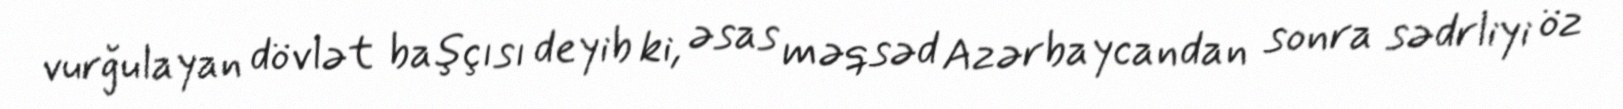
vurğulayan dövlət başçısı deyib ki, əsas məqsəd Azərbaycandan sonra sədrliyi öz